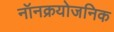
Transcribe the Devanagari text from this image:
नॉनक्रयोजनिक